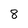
Character: 8